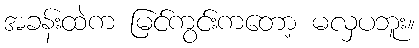
အခန်းထဲက မြင်ကွင်းကတော့ မလှပဘူး။